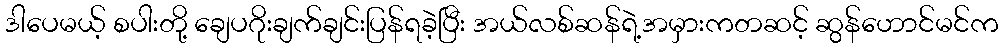
ဒါပေမယ့် စပါးတို့ ချေပဂိုးချက်ချင်းပြန်ရခဲ့ပြီး အယ်လစ်ဆန်ရဲ့အမှားကတဆင့် ဆွန်ဟောင်မင်က